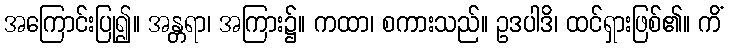
အကြောင်းပြု၍။ အန္တရာ၊ အကြား၌။ ကထာ၊ စကားသည်။ ဥဒပါဒိ၊ ထင်ရှားဖြစ်၏။ ကိံ